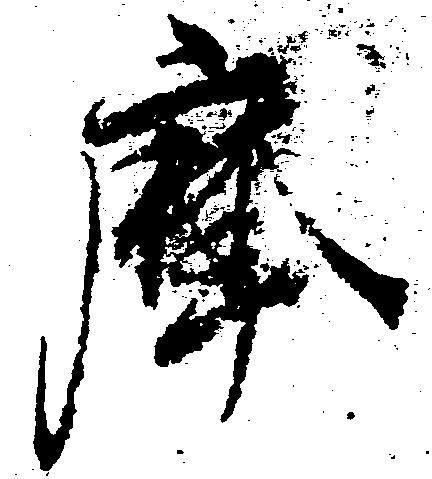
摩